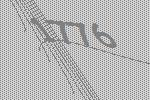
1776